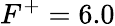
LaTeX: F^{+}=6.0